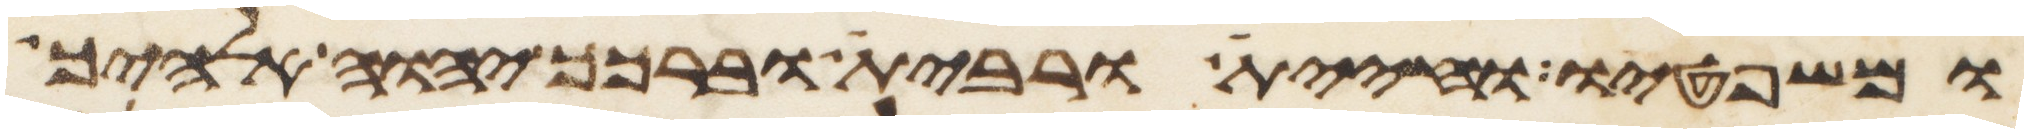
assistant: ומשפטיו וחיית ורבית וברכך יהוה אלהיך